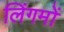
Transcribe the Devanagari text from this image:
लिंगमों